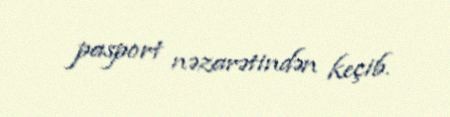
pasport nəzarətindən keçib.